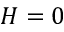
H = 0